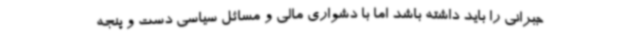
جبرانی را باید داشته باشد اما با دشواری مالی و مسائل سیاسی دست و پنجه